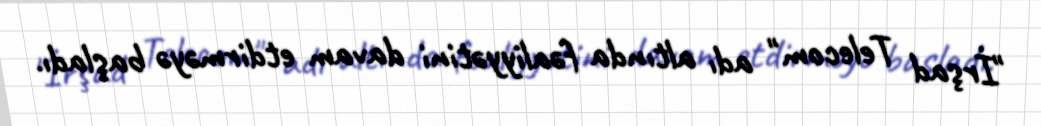
"İrşad Telecom" adı altında fəaliyyətini davam etdirməyə başladı.